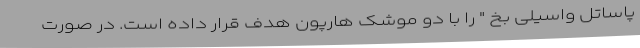
پاساتل واسیلی بخ " را با دو موشک هارپون هدف قرار داده است. در صورت